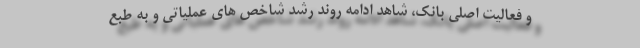
و فعالیت اصلی بانک، شاهد ادامه روند رشد شاخص های عملیاتی و به طبع